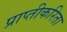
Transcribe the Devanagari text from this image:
प्राप्तीकरिता